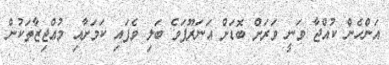
އަންހެން ކުއްޖާ ވަނީ ވަރަށް ބޮޑަށް އަނަރޫފަވެ ބަލި ވެފައި ކަމަށާއި މުޢްޖިޒާތަކުން